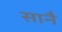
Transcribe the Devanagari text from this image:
सानै